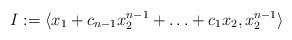
LaTeX: \begin{align*} I := \langle x_1 + c_{n-1}x_2^{n-1} + \ldots + c_1x_2, x_2^{n-1} \rangle \end{align*}